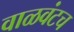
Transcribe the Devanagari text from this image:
वाळवंटच